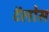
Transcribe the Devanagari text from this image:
टॅलोस